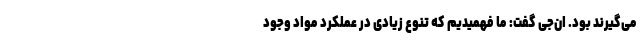
می‌گیرند بود. ان‌جی گفت: ما فهمیدیم که تنوع زیادی در عملکرد مواد وجود